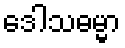
ဒေါသဓမ္မာ